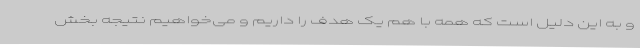
و به این دلیل است که همه با هم یک هدف را داریم و می‌خواهیم نتیجه بخش